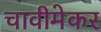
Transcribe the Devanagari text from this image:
चावीमेकर